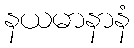
နယမာနာနံ